Senior Leaving Certificate Examination (including Day School Certificate (Higher) General paper), 1947
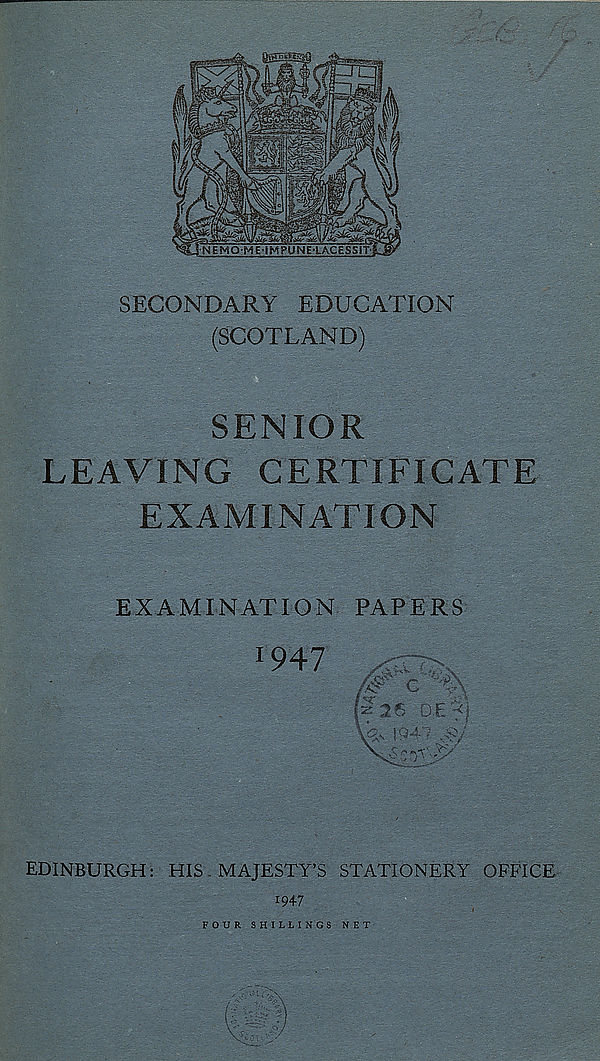
SECONDARY EDUCATION
(SCOTLAND)
SENIOR
LEAVING CERTIFICATE
EXAMINATION
EXAMINATION PAPERS
EDINBURGH: HIS. MAJESTY’S STATIONERY OFFICE
1947
FOUR SHILLINGS NET